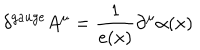
\delta ^ { g a u g e } A ^ { \mu } = \frac 1 { e ( x ) } \partial ^ { \mu } \alpha ( x ) \qquad